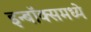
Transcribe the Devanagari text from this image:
इन्बॉक्समध्ये